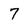
Character: 7